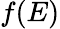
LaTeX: f(E)